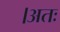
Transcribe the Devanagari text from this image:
।अतः